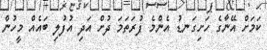
ކަމަށް އޭނާގެ ހަށިގަނޑު އެންމެ ފުރަތަމަ ދުށް އަދި އުފުލި ބައެއް މީހުން